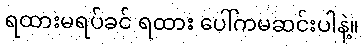
ရထားမရပ်ခင် ရထား ပေါ်ကမဆင်းပါနဲ့။